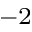
^ { - 2 }